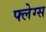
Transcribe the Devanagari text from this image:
फ्लेग्स